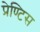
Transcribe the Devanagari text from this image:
प्रेण्टिस